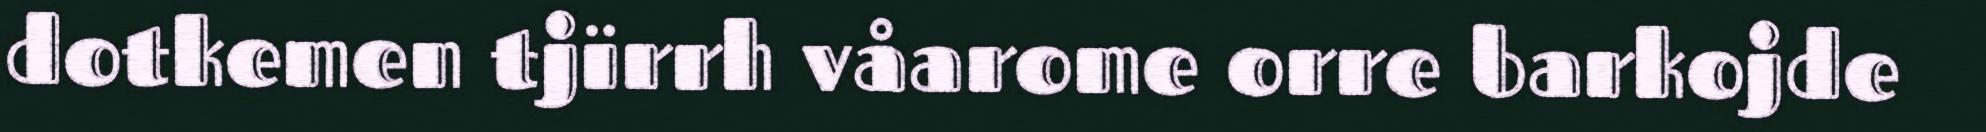
dotkemen tjïrrh våarome orre barkojde